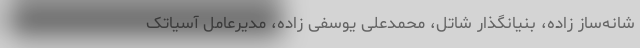
شانه‌ساز زاده، بنیانگذار شاتل، محمدعلی یوسفی زاده، مدیرعامل آسیاتک